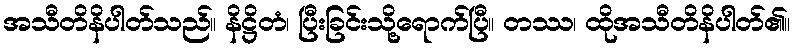
အသီတိနိပါတ်သည်။ နိဋ္ဌိတံ၊ ပြီးခြင်းသို့ရောက်ပြီ။ တဿ၊ ထိုအသီတိနိပါတ်၏။